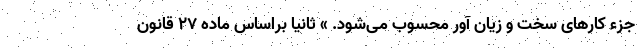
جزء کارهای سخت و زیان آور محسوب می‌شود. » ثانیاً براساس ماده ۲۷ قانون